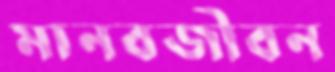
মানবজীবন